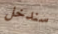
سندخل